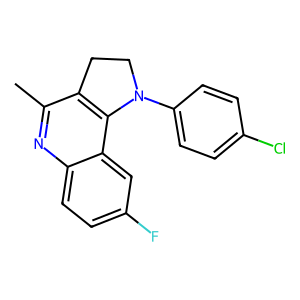
SMILES: Cc1nc2ccc(F)cc2c2c1CCN2c1ccc(Cl)cc1
Inhibits HIV replication: No